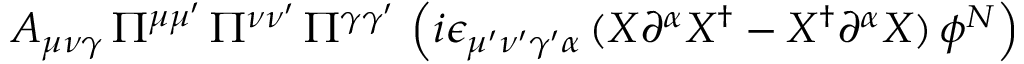
A _ { \mu \nu \gamma } \, \Pi ^ { \mu \mu ^ { \prime } } \, \Pi ^ { \nu \nu ^ { \prime } } \, \Pi ^ { \gamma \gamma ^ { \prime } } \, \left( i \epsilon _ { \mu ^ { \prime } \nu ^ { \prime } \gamma ^ { \prime } \alpha } \, ( X \partial ^ { \alpha } X ^ { \dagger } - X ^ { \dagger } \partial ^ { \alpha } X ) \, \phi ^ { N } \right)